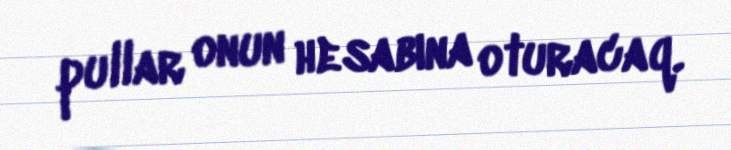
pullar onun hesabına oturacaq.